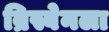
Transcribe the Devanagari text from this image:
ब्रिस्बेनला